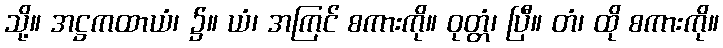
သို့။ အဋ္ဌကထာယံ၊ ၌။ ယံ၊ အကြင် စကားကို။ ဝုတ္တံ၊ ပြီ။ တံ၊ ထို စကားကို။